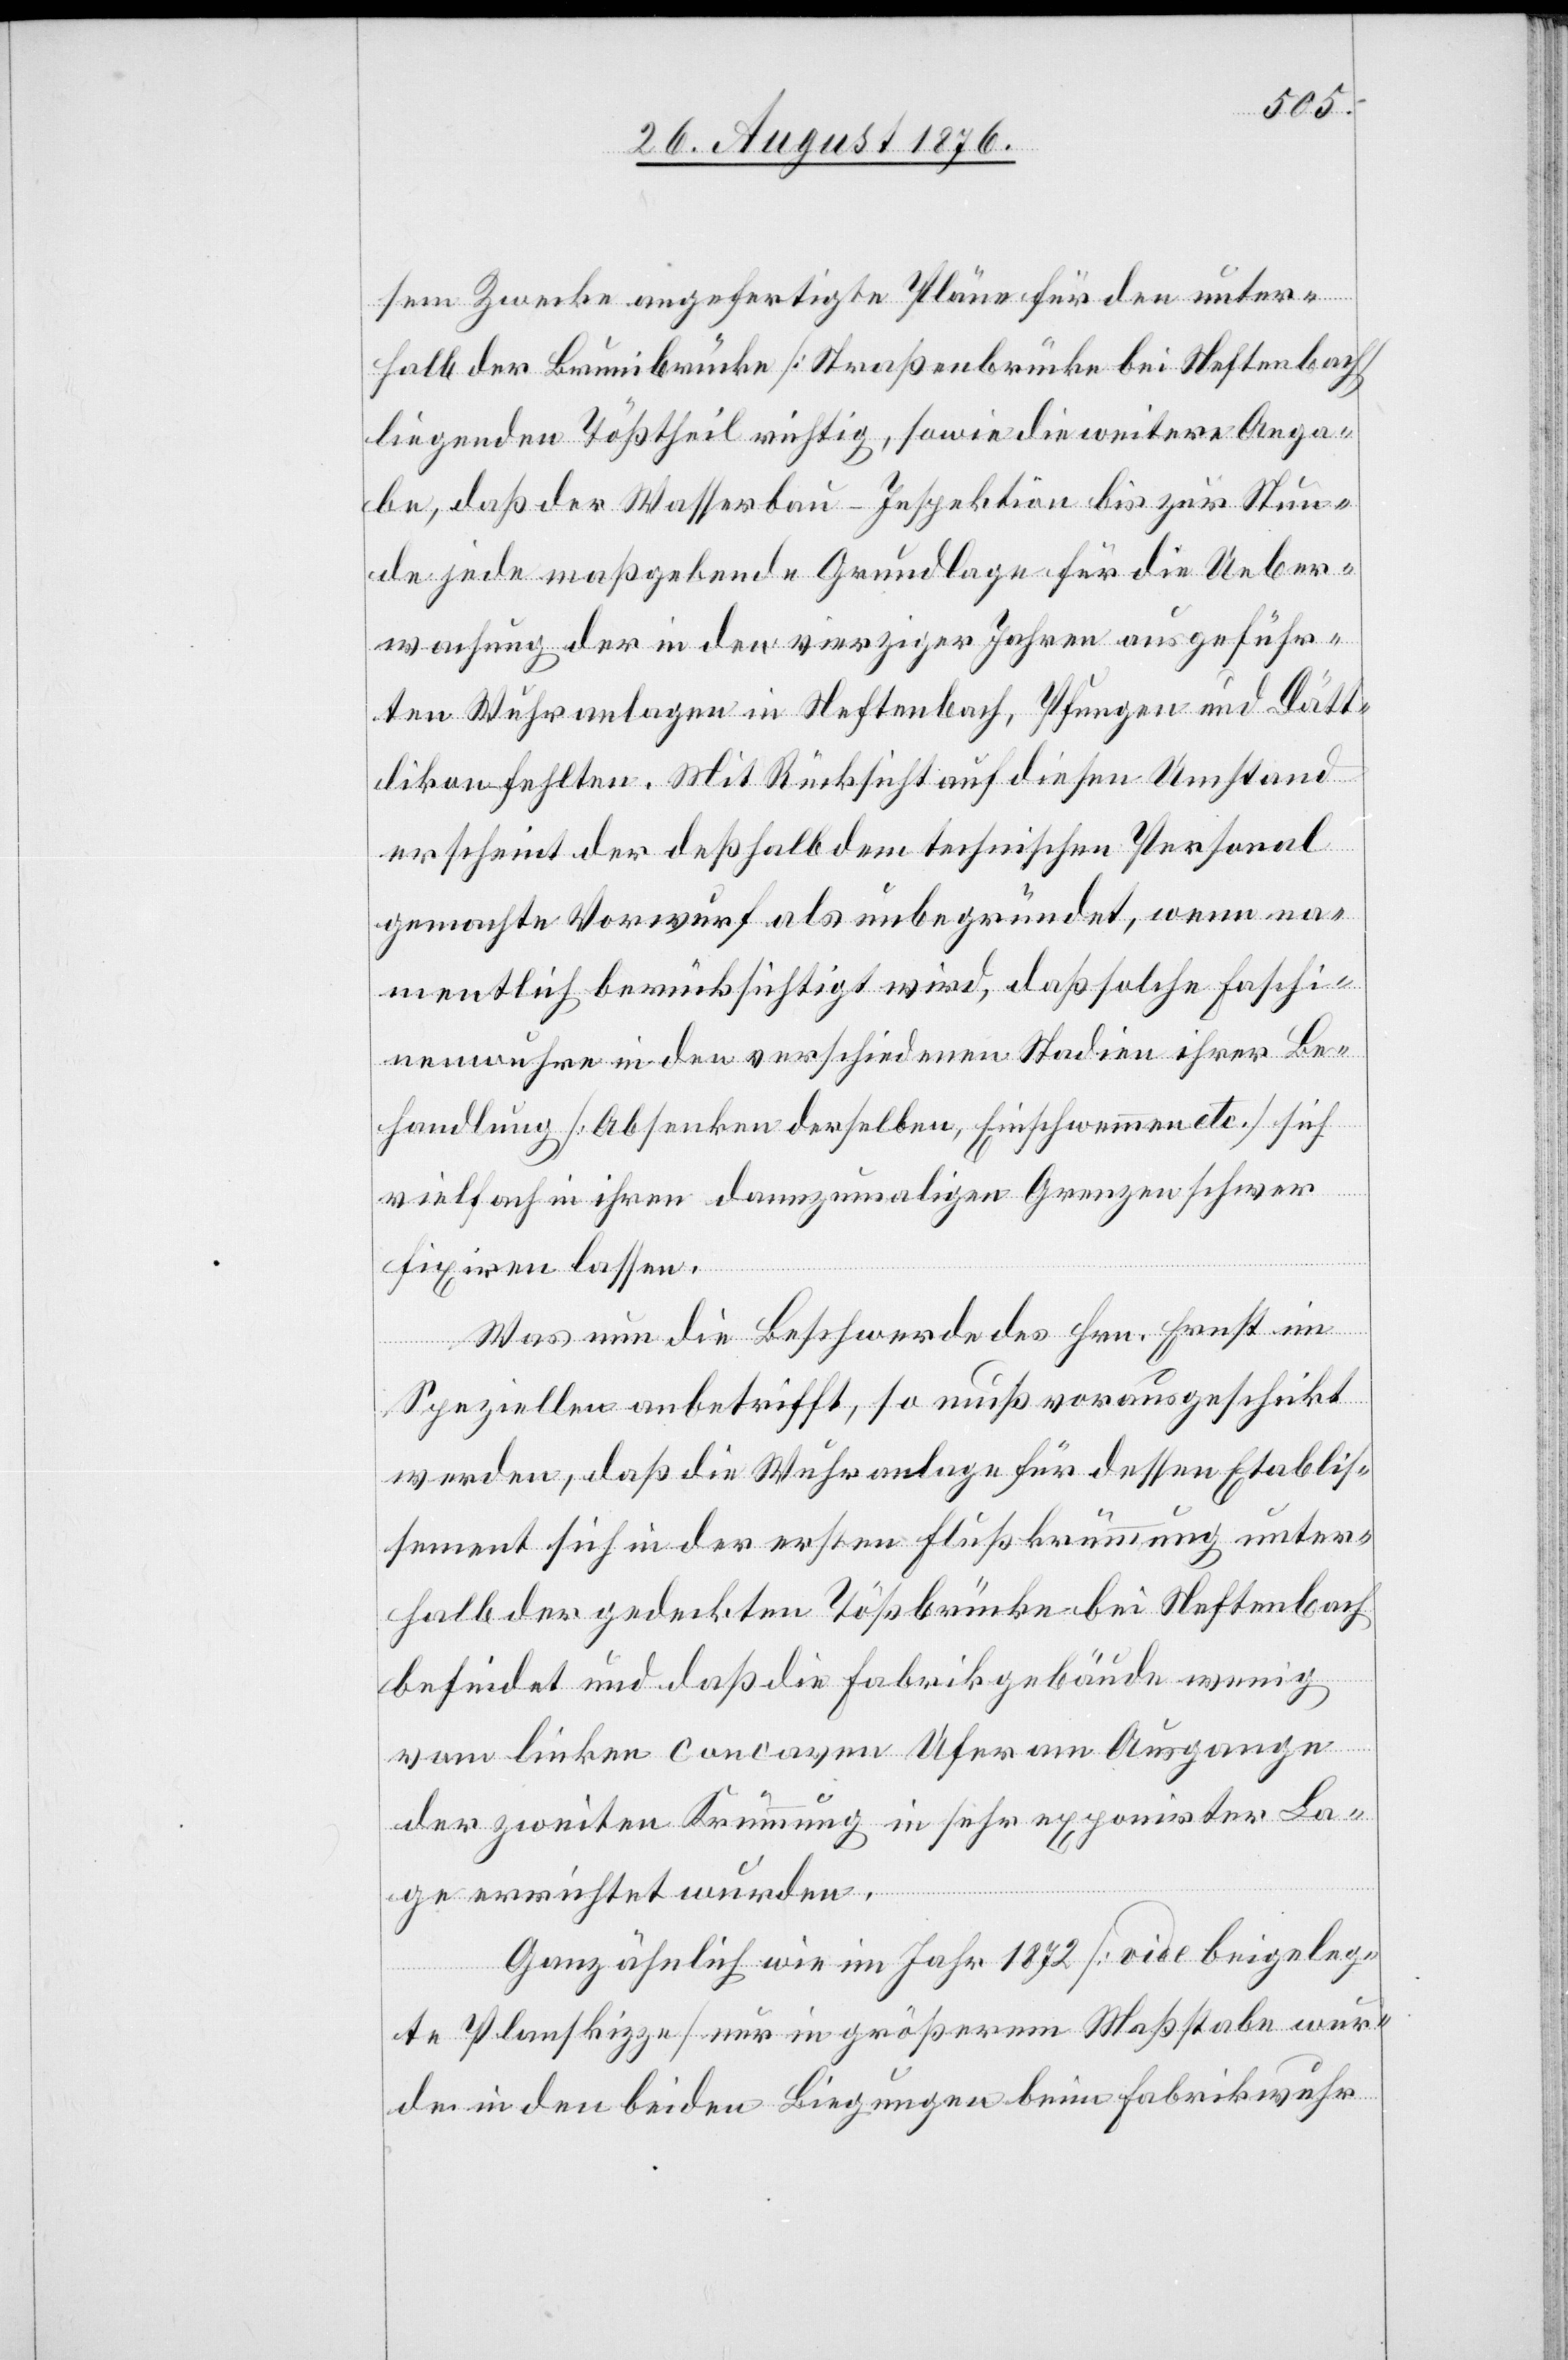
sem Zwecke angefertigte Pläne für den unter¬
halb der Brunibrücke [Straßenbrücke bei Neftenbach]
liegenden Tößtheil richtig, sowie die weitere Anga¬
be, daß der Wasserbau-Inspektion bis zur Stun¬
de jede maßgebende Grundlage für die Ueber¬
wachung der in den vierziger Jahren ausgeführ¬
ten Wuhranlagen in Neftenbach, Pfungen und Dätt¬
likon fehlten. Mit Rücksicht auf diesen Umstand
erscheint der deßhalb dem technischen Personal
gemachte Vorwurf als unbegründet, wenn na¬
mentlich berücksichtigt wird, daß solche Faschi¬
nenwuhre in den verschiedenen Stadien ihrer Be¬
handlung [Absenken derselben, Einschwemmen etc.] sich
sehr
vielfach in ihren dannzumaligen Grenzen schwer
La¬
fixiren lassen.
Was nun die Beschwerde des Hrn. Ernst im
Speziellen anbetrifft, so muß vorausgeschickt
werden, daß die Wuhranlage für dessen Etablis¬
sement sich in der ersten Flußkrümmung unter¬
halb der gedeckten Tößbrücke bei Neftenbach
befindet und daß die Fabrikgebäude wenig
linken
ge errichtet wurden.
Ganz ähnlich wie im Jahr 1972 [vide beigeleg¬
te Planskizze] nur in größerem Maßstabe wur¬
de in den beiden Biegungen beim Fabrikwuhr